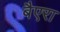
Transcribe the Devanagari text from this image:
बैएरा